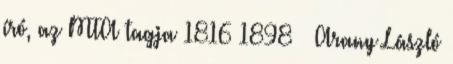
író, az MTA tagja 1816 1898 – Arany László